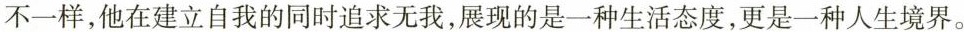
不一样，他在建立自我的同时追求无我，展现的是一种生活态度，更是一种人生境界。